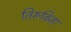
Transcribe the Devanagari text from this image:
तिरूविजा